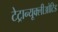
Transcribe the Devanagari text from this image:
टेट्रान्यूक्लीओटिड